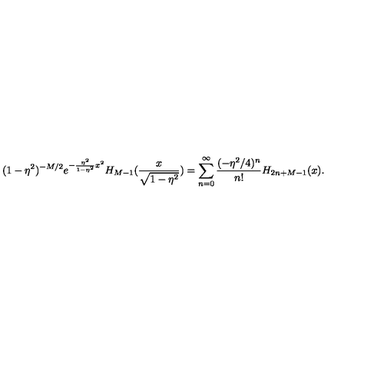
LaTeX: ( 1 - \eta ^ { 2 } ) ^ { - M / 2 } e ^ { - { \frac { \eta ^ { 2 } } { 1 - \eta ^ { 2 } } } x ^ { 2 } } H _ { M - 1 } ( { \frac { x } { \sqrt { 1 - \eta ^ { 2 } } } } ) = \sum _ { n = 0 } ^ { \infty } { \frac { ( - \eta ^ { 2 } / 4 ) ^ { n } } { n ! } } H _ { 2 n + M - 1 } ( x ) .